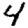
Digit: 4